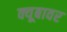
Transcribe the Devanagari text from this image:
क्यूबावर